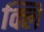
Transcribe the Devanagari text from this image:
क्लि